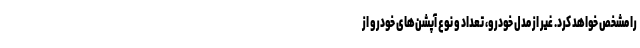
را مشخص خواهد کرد. غیر از مدل خودرو، تعداد و نوع آپشن‌های خودرو از